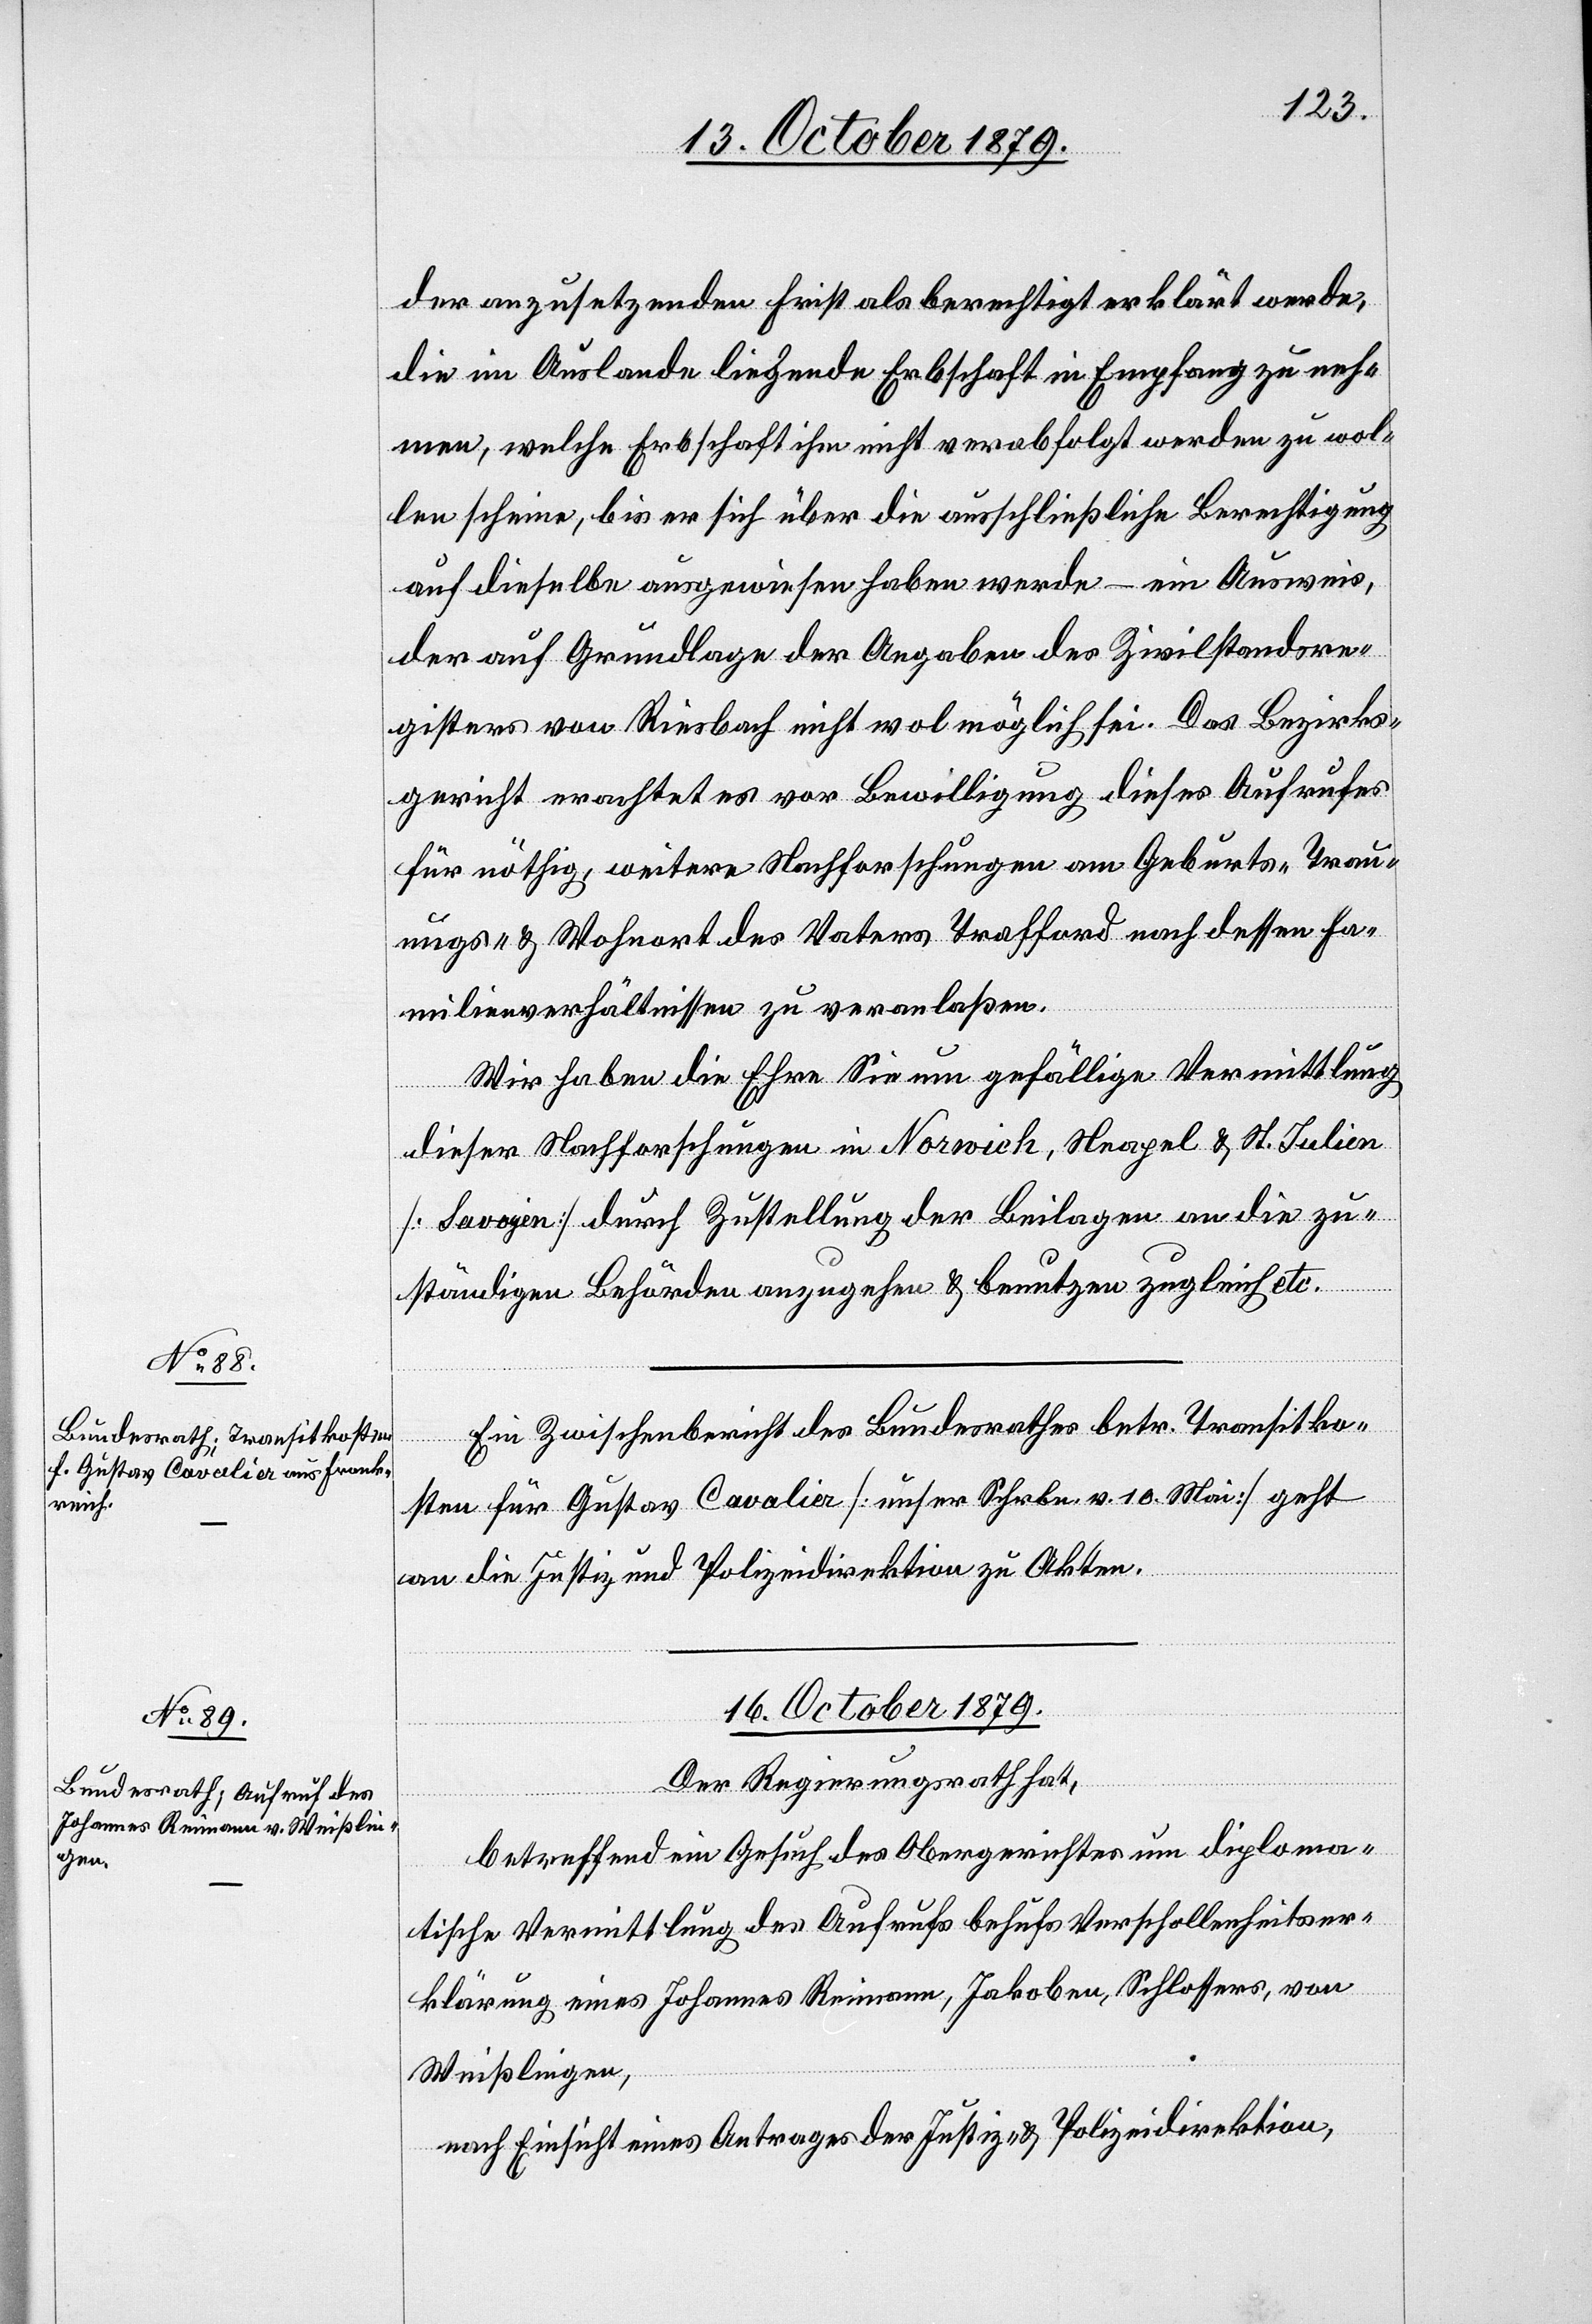
13. October 1879.]
der anzusetzenden Frist als berechtigt erklärt werde,
die im Auslande liegende Erbschaft in Empfang zu neh¬
men, welche Erbschaft ihm nicht verabfolgt werden zu wol¬
len scheine, bis er sich über die ausschließliche Berechtigung
auf dieselbe ausgewiesen haben werde – ein Ausweis,
der auf Grundlage der Angaben des Zivilstandsre¬
gisters von Riesbach nicht wol möglich sei. Das Bezirks¬
gericht erachtet es vor Bewilligung dieses Aufrufes
für nöthig, weitere Nachforschungen am Geburts-, Trau¬
ungs- & Wohnort des Vaters Trafford nach dessen Fa¬
milienverhältnissen zu veranlaßen.
Wir haben die Ehre Sie um gefällige Vermittlung
dieser Nachforschungen in Norwich, Neapel & St. Julien
[Savogin] durch Zustellung der Beilagen an die zu¬
Transitko¬
ständigen Behörden anzugehen & benutzen zugleich etc.
sten für Gustav Cavalier [unser Schrbn. v. 10. Mai] geht
an die Justiz- und Polizeidirektion zu Akten.
16. October 1879.
Der Regierungsrath hat,
betreffend ein Gesuch des Obergerichtes um diploma¬
tische Vermittlung des Aufrufs behufs Verschollenheitser¬
klärung eines Johannes Reimann, Jakoben, Schlossers, von
Weißlingen,
nach Einsicht eines Antrages der Justiz- & Polizeidirektion,